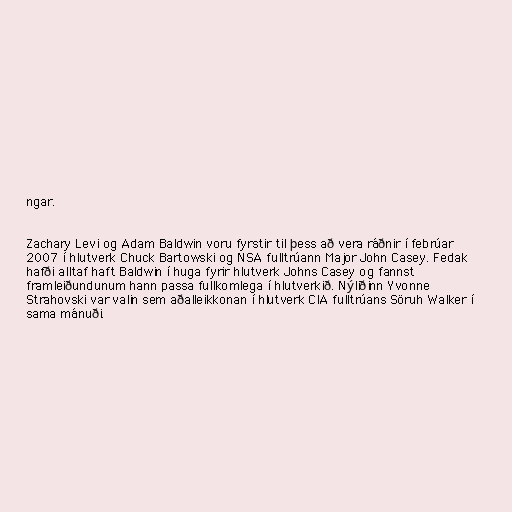
ngar.

Zachary Levi og Adam Baldwin voru fyrstir til þess að vera ráðnir í febrúar
2007 í hlutverk Chuck Bartowski og NSA fulltrúann Major John Casey. Fedak
hafði alltaf haft Baldwin í huga fyrir hlutverk Johns Casey og fannst
framleiðundunum hann passa fullkomlega í hlutverkið. Nýliðinn Yvonne
Strahovski var valin sem aðalleikkonan í hlutverk CIA fulltrúans Söruh Walker í
sama mánuði.